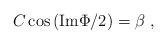
LaTeX: \begin{align*}C \cos{({\rm Im} \Phi /2)} = \beta \ ,\end{align*}